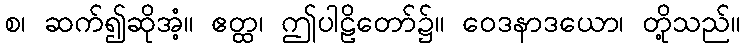
စ၊ ဆက်၍ဆိုအံ့။ ဧတ္ထ၊ ဤပါဠိတော်၌။ ဝေဒနာဒယော၊ တို့သည်။